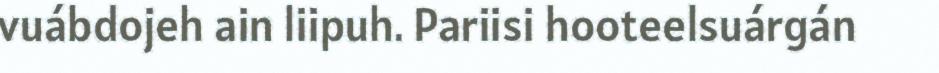
vuábdojeh ain liipuh. Pariisi hooteelsuárgán